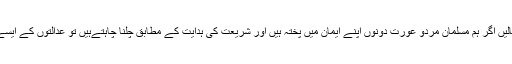
تو باطل طاقتیں خواہ کتنا بھی زور لگالیں اگر ہم مسلمان مردو عورت دونوں اپنے ایمان میں پختہ ہیں اور شریعت کی ہدایت کے مطابق چلنا چاہتےہیں تو عدالتوں کے ایسے فیصلے بے اثر ہوکر رہ جائیں گے۔